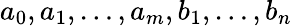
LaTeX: a_{0},a_{1},\dots,a_{m},b_{1},\dots,b_{n}